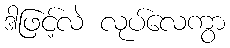
ဒါဖြင့်လဲ လုပ်လေကွာ